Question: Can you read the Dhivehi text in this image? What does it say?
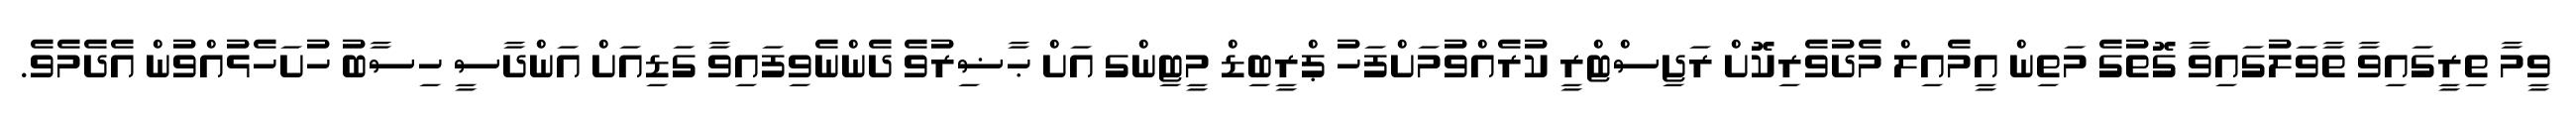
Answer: ވީމާ ތިރީގައިވާ ތާވަލުގައިވާ ގޮތުގެ މަތިން އީމެއިލް މެދުވެރިކޮށް ރަޖިސްޓްރީ ކުރެއްވުމަށްފަހު ޕްރީބިޑް މީޓިންގ އަށް ޙާޟިރުވެ ދެންނެވިފައިވާ ގަޑިއަށް އަންދާސީ ހިސާބު ހުށަހެޅުއްވުން އެދެމެވެ.